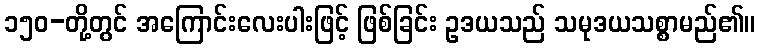
၁၅၀-တို့တွင် အကြောင်းလေးပါးဖြင့် ဖြစ်ခြင်း ဥဒယသည် သမုဒယသစ္စာမည်၏။